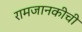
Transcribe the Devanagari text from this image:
रामजानकीची